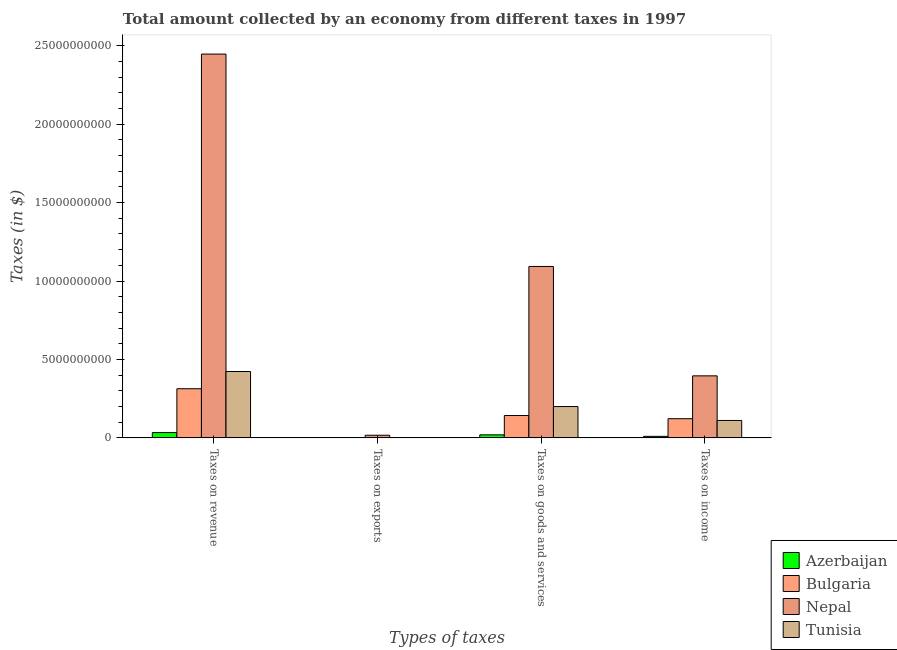
| Types of taxes | Azerbaijan | Bulgaria | Nepal | Tunisia |
 | --- | --- | --- | --- | --- |
 | Taxes on revenue | 3.38e+08 | 3.13e+09 | 2.45e+10 | 4.23e+09 |
 | Taxes on exports | 9.16e+06 | 1.22e+07 | 1.68e+08 | 1.02e+07 |
 | Taxes on goods and services | 1.94e+08 | 1.42e+09 | 1.09e+10 | 2e+09 |
 | Taxes on income | 9.6e+07 | 1.22e+09 | 3.95e+09 | 1.11e+09 |